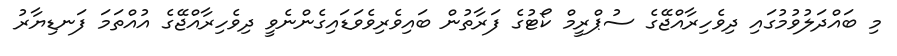
މި ބައްދަލުވުމުގައި ދިވެހިރާއްޖޭގެ ސުޕްރީމް ކޯޓުގެ ފަރާތުން ބައިވެރިވެވަޑައިގެންނެވީ ދިވެހިރާއްޖޭގެ އުއްތަމަ ފަނޑިޔާރު